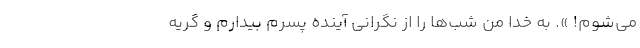
می‌شوم! ». به خدا من شب‌ها را از نگرانی آینده پسرم بیدارم و گریه